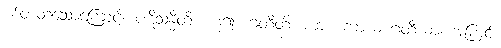
စစ်တတ်သောကြောင့်။ ပဋိသန္ဓီတိ၊ ဟူ၍။ ဂတီတိ၊ ကား။ ကာယ ဂတီယာ၊ အကြင်